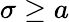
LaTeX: \sigma\geq a